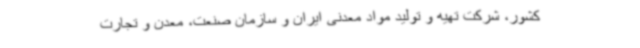
کشور، شرکت تهیه و تولید مواد معدنی ایران و سازمان صنعت، معدن و تجارت